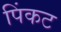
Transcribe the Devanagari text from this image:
पिंकट